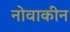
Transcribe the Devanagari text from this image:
नोवाकीन